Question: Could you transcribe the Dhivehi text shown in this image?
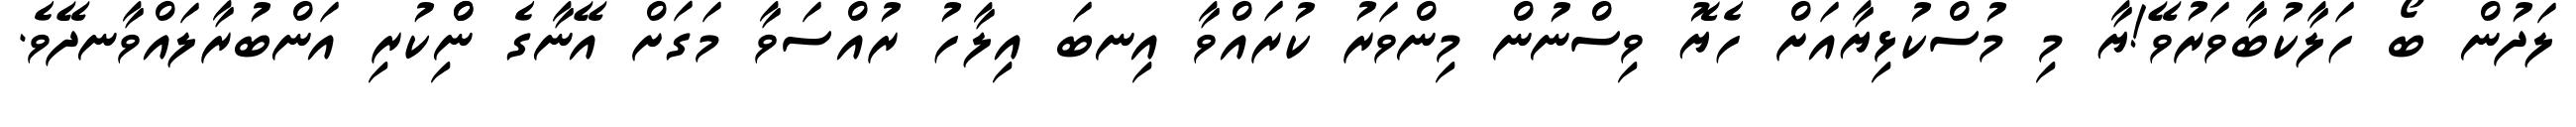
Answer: ލަދުން ބޯ ހަލާކުބާވަރުވޭ!ޔާ މި މުސްކުޅިޔާއަށް ހެޔޮ ވިސްނުން މިންވަރު ކުރައްވާ އިނބަ އިލާހު ރުއްސަވާ މަގަށް އޭނާގެ ނިްްކުރި އަންބުރާލައްވާނދޭވެ.